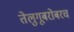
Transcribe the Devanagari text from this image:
तेलुगूबरोबरच